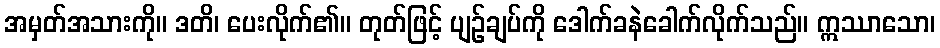
အမှတ်အသားကို။ ဒတိ၊ ပေးလိုက်၏။ တုတ်ဖြင့် ပျဉ်ချပ်ကို ဒေါက်ခနဲခေါက်လိုက်သည်။ ဣဿာသော၊